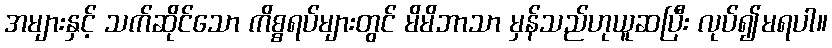
အများနှင့် သက်ဆိုင်သော ကိစ္စရပ်များတွင် မိမိဘာသာ မှန်သည်ဟုယူဆပြီး လုပ်၍မရပါ။